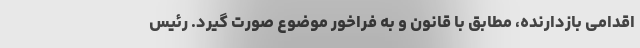
اقدامی بازدارنده، مطابق با قانون و به فراخور موضوع صورت گیرد. رئیس